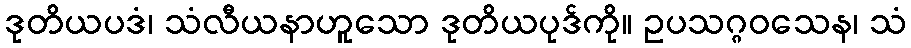
ဒုတိယပဒံ၊ သံလီယနာဟူသော ဒုတိယပုဒ်ကို။ ဥပသဂ္ဂဝသေန၊ သံ